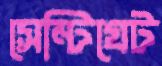
সেন্টিগ্রেট